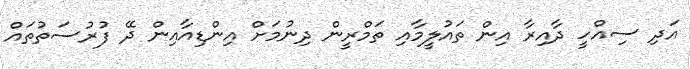
އަދި ސިއްހީ ދާއިރާ އިން ތައުލީމާއި ތަމްރީން ދިނުމަށް އިންޑިއާއިން ދޭ ފުރުސަތުތައް